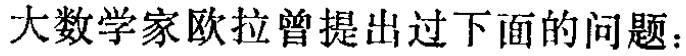
大数学家欧拉曾提出过下面的问题：